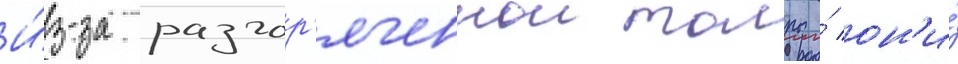
И́з-за разгор'яченнои толпы́ он'и́